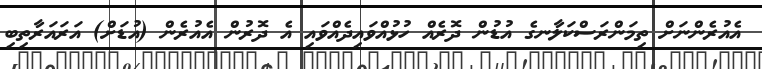
އެއުރެންނަށް ތިމަންރަސްކަލާނގެ އުޑުން ދޮރެއް ހުޅުއްވައިދެއްވައި އެ ދޮރުން އެއުރެން (އުޑަށް) އަރައަރާތިބި